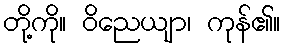
တို့ကို။ ဝိညေယျာ၊ ကုန်၏။